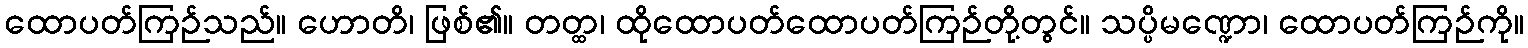
ထောပတ်ကြဉ်သည်။ ဟောတိ၊ ဖြစ်၏။ တတ္ထ၊ ထိုထောပတ်ထောပတ်ကြဉ်တို့တွင်။ သပ္ပိမဏ္ဍော၊ ထောပတ်ကြဉ်ကို။